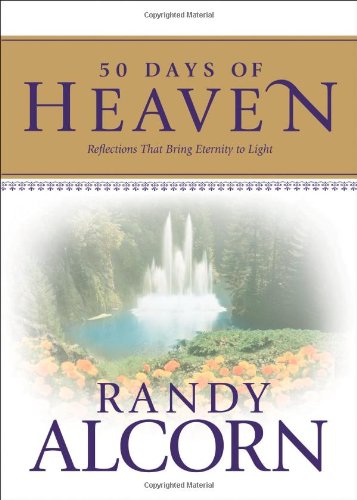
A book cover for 50 Days of Heaven: Reflections That Bring Eternity to Light; Randy Alcorn; Christian Books & Bibles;